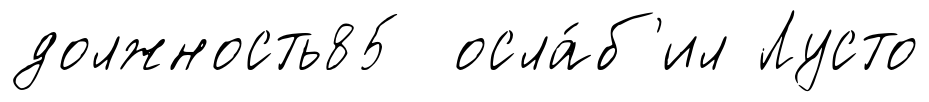
должность85 осла́б'ил Лусто